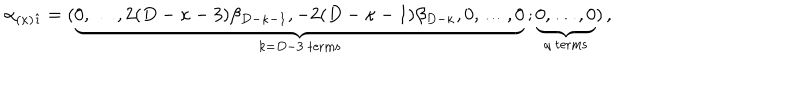
\alpha _ { ( \kappa ) \hat { \imath } } = ( \underbrace { 0 , \dots , 2 ( D - \kappa - 3 ) \beta _ { D - \kappa - 1 } , - 2 ( D - \kappa - 1 ) \beta _ { D - \kappa } , 0 , \dots , 0 } _ { k = D - 3 \mathrm { ~ t e r m s } } \, ; \underbrace { 0 , \dots , 0 } _ { q \mathrm { ~ t e r m s } } ) \, ,